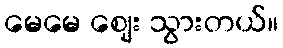
မေမေ ဈေး သွားတယ်။